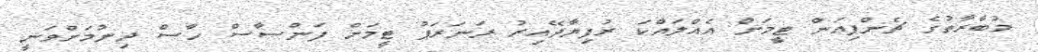
މުބާރާތުގެ ޗެންޕިއަން ޓީމަށް އެއްލައްކަ ރުފިޔާދޭއިރު ރަނަރަޕު ޓީމަށް ފަންސާސް ހާސް ދިނުމަށްވަނީ